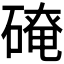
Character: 𪿬